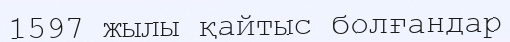
1597 жылы қайтыс болғандар